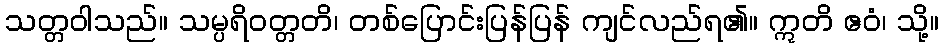
သတ္တဝါသည်။ သမ္ပရိဝတ္တတိ၊ တစ်ပြောင်းပြန်ပြန် ကျင်လည်ရ၏။ ဣတိ ဧဝံ၊ သို့။